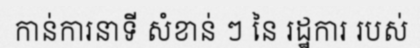
កាន់ការនាទី សំខាន់ ៗ នៃ រដ្ឋការ របស់